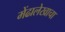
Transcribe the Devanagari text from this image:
मेंढालेखाचा